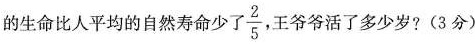
的生命比人平均的自然寿命少了 \frac{2}{5} 王爷爷活了多少岁?(3分)